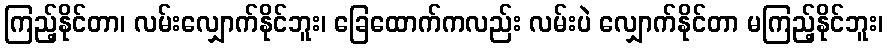
ကြည့်နိုင်တာ၊ လမ်းလျှောက်နိုင်ဘူး၊ ခြေထောက်ကလည်း လမ်းပဲ လျှောက်နိုင်တာ မကြည့်နိုင်ဘူး၊